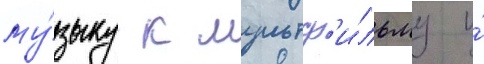
му́зыку к мультф'и́льму и́